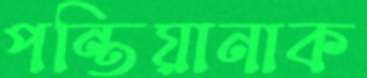
পন্তিয়ানাক